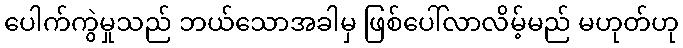
ပေါက်ကွဲမှုသည် ဘယ်သောအခါမှ ဖြစ်ပေါ်လာလိမ့်မည် မဟုတ်ဟု